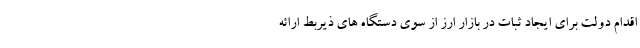
اقدام دولت برای ایجاد ثبات در بازار ارز از سوی دستگاه های ذیربط ارائه